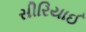
સીરિયાઈ